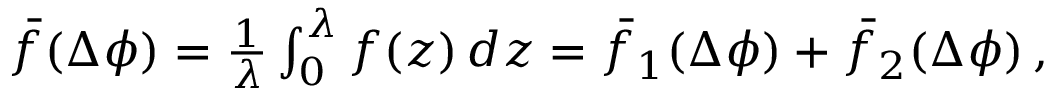
\begin{array} { r } { { \bar { f } } ( \Delta \phi ) = \frac { 1 } { \lambda } \int _ { 0 } ^ { \lambda } f ( z ) \, d z = { \bar { f } } _ { 1 } ( \Delta \phi ) + { \bar { f } } _ { 2 } ( \Delta \phi ) \, , } \end{array}